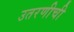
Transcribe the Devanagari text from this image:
उतरणीची